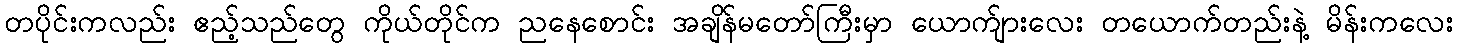
တပိုင်းကလည်း ဧည့်သည်တွေ ကိုယ်တိုင်က ညနေစောင်း အချိန်မတော်ကြီးမှာ ယောက်ျားလေး တယောက်တည်းနဲ့ မိန်းကလေး